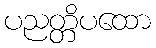
ပညတ္တိပထော